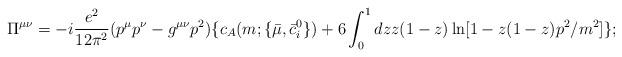
LaTeX: \begin{align*}\Pi ^{\mu \nu }=-i\frac{e^2}{12\pi ^2}(p^\mu p^\nu -g^{\mu \nu}p^2)\{c_A(m;\{{\bar{\mu}},{\bar{c}}_i^0\})+6\int_0^1dzz(1-z)\ln[1-z(1-z)p^2/m^2]\};\end{align*}